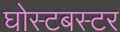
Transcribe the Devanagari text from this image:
घोस्टबस्टर